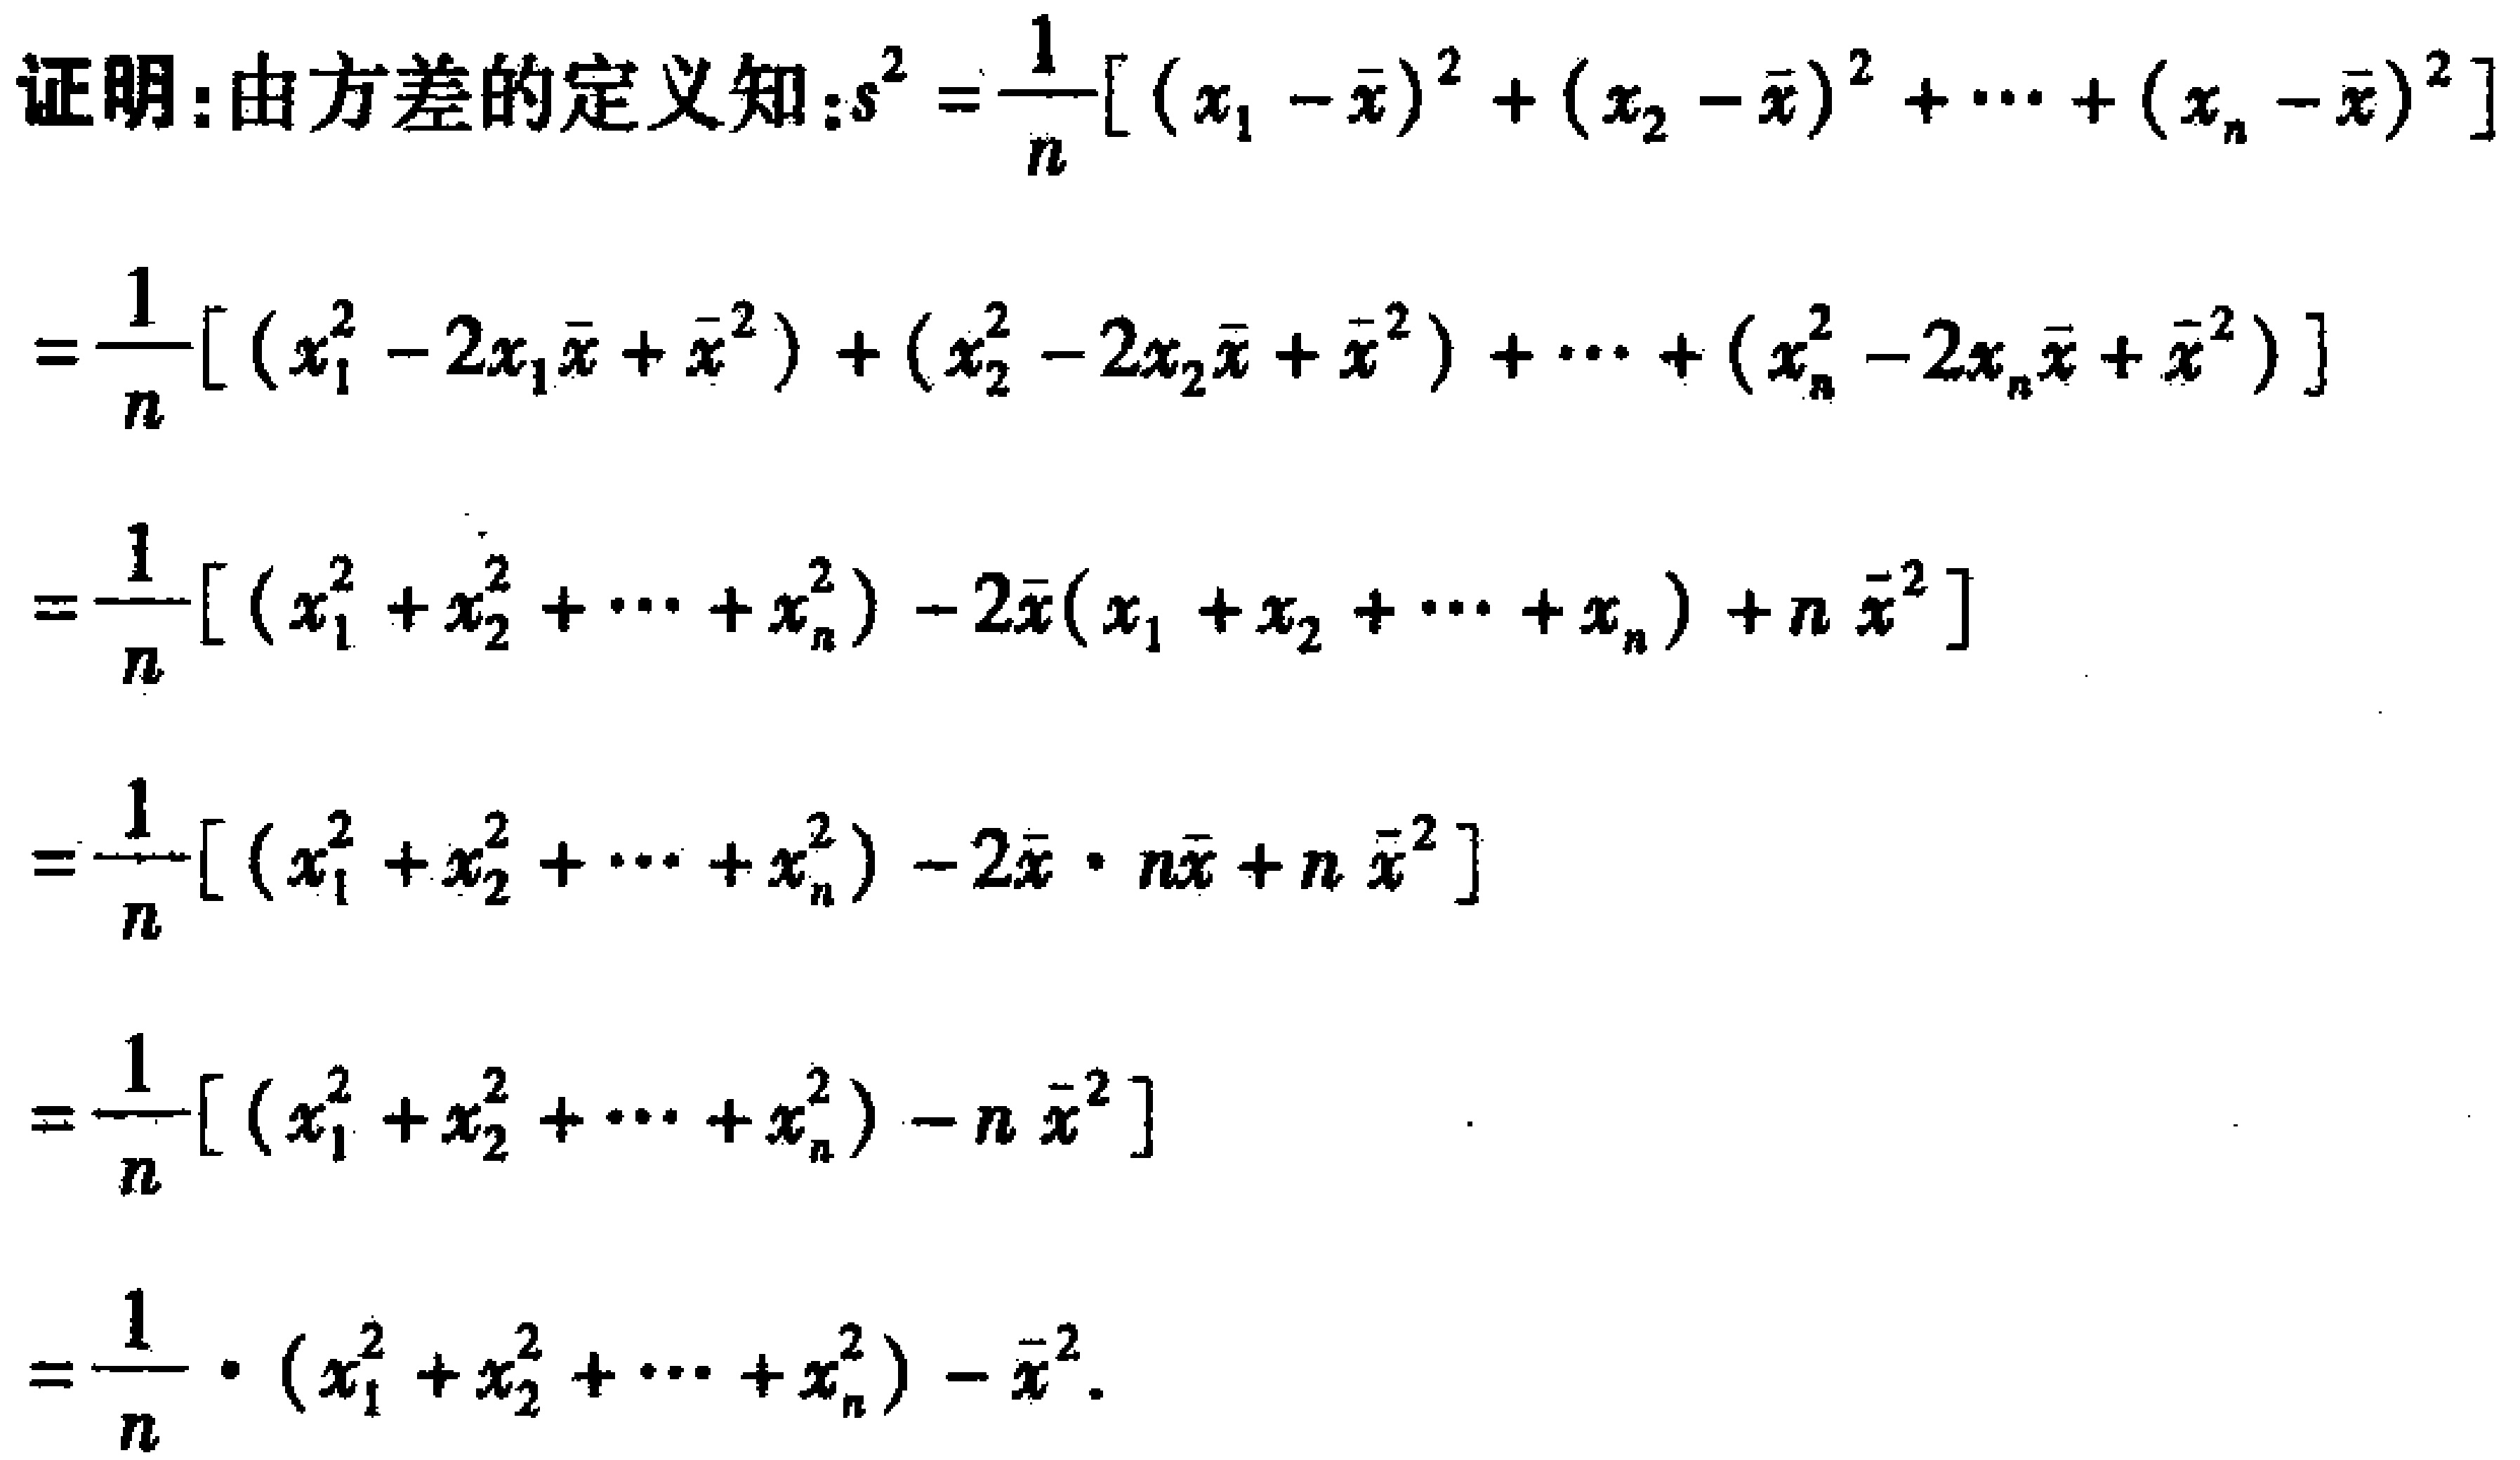
证明：由方差的定义知：\(s^{2}=\frac{1}{n}[(x_{1}-\bar{x})^{2}+(x_{2}-\bar{x})^{2}+\cdots+(x_{n}-\bar{x})^{2}]\)

\(=\frac{1}{n}[(x_{1}^{2}-2x_{1}\bar{x}+\bar{x}^{2})+(x_{2}^{2}-2x_{2}\bar{x}+\bar{x}^{2})+\cdots+(x_{n}^{2}-2x_{n}\bar{x}+\bar{x}^{2})]\)

\(=\frac{1}{n}[(x_{1}^{2}+x_{2}^{2}+\cdots+x_{n}^{2})-2\bar{x}(x_{1}+x_{2}+\cdots+x_{n})+n\bar{x}^{2}]\)

\(=\frac{1}{n}[(x_{1}^{2}+x_{2}^{2}+\cdots+x_{n}^{2})-2\bar{x}\cdot n\bar{x}+n\bar{x}^{2}]\)

\(=\frac{1}{n}[(x_{1}^{2}+x_{2}^{2}+\cdots+x_{n}^{2})-n\bar{x}^{2}]\)

\(=\frac{1}{n}\cdot(x_{1}^{2}+x_{2}^{2}+\cdots+x_{n}^{2})-\bar{x}^{2}\) 。